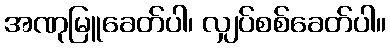
အဏုမြူခေတ်ပါ၊ လျှပ်စစ်ခေတ်ပါ။